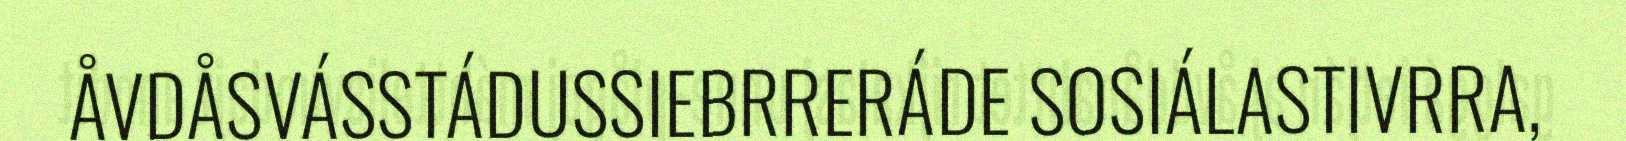
ÅVDÅSVÁSSTÁDUSSIEBRRERÁDE SOSIÁLASTIVRRA,